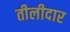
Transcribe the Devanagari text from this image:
तीलीदार